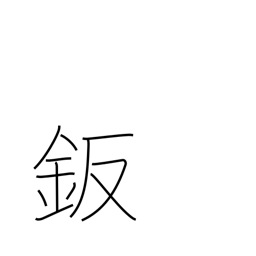
Meaning: sheet metal